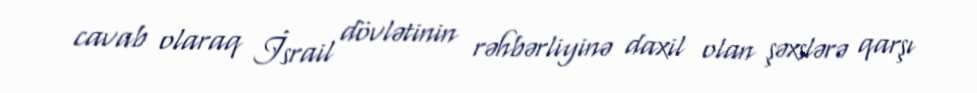
cavab olaraq İsrail dövlətinin rəhbərliyinə daxil olan şəxslərə qarşı